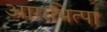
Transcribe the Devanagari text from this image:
आराभित्पा